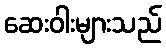
ဆေးဝါးများသည်